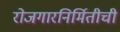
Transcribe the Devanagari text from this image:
रोजगारनिर्मितीची